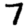
Digit: 7